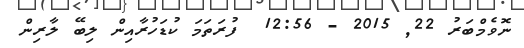
ނޮވެމްބަރު 22